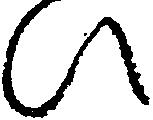
ひ